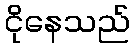
ငိုနေသည်